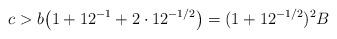
LaTeX: \begin{align*} c > b \bigl(1+12^{-1}+2\cdot 12^{-1/2}\bigr)= (1+12^{-1/2})^2B\end{align*}